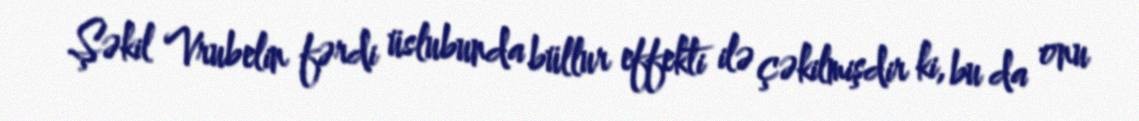
Şəkil Vrubelin fərdi üslubunda büllur effekti ilə çəkilmişdir ki, bu da onu